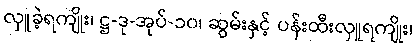
လှူခဲ့ရကျိုး၊ ဋ္ဌ-ဒု-အုပ်-၁၀၊ ဆွမ်းနှင့် ပန်းထီးလှူရကျိုး၊